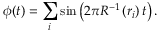
\phi ( t ) = \sum _ { i } \sin \left( 2 \pi R ^ { - 1 } \left( r _ { i } \right) t \right) .